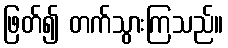
ဖြတ်၍ တက်သွားကြသည်။